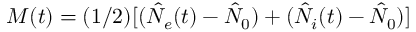
M ( t ) = ( 1 / 2 ) [ ( \hat { N } _ { e } ( t ) - \hat { N } _ { 0 } ) + ( \hat { N } _ { i } ( t ) - \hat { N } _ { 0 } ) ]